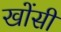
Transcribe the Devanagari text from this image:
खोंसी